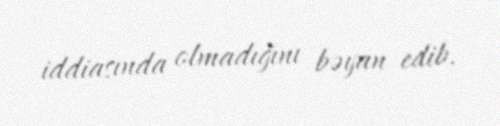
iddiasında olmadığını bəyan edib.